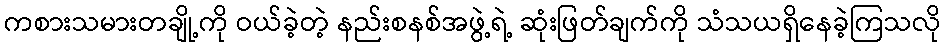
ကစားသမားတချို့ကို ဝယ်ခဲ့တဲ့ နည်းစနစ်အဖွဲ့ရဲ့ ဆုံးဖြတ်ချက်ကို သံသယရှိနေခဲ့ကြသလို